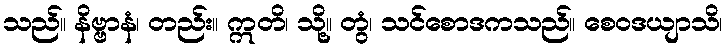
သည်။ နိဗ္ဗာနံ၊ တည်း။ ဣတိ၊ သို့။ တွံ၊ သင်စောဒကသည်။ စေဝဒယျာသိ၊